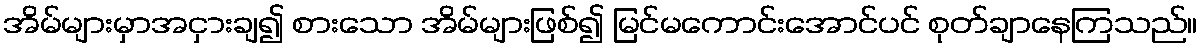
အိမ်များမှာအငှားချ၍ စားသော အိမ်များဖြစ်၍ မြင်မကောင်းအောင်ပင် စုတ်ချာနေကြသည်။